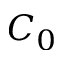
C _ { 0 }